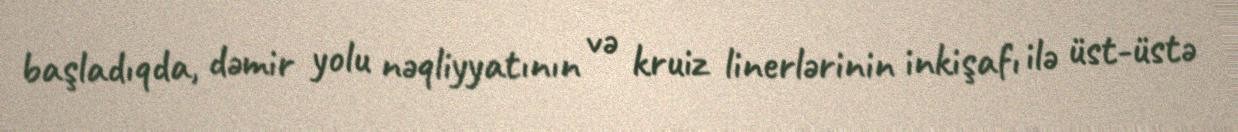
başladıqda, dəmir yolu nəqliyyatının və kruiz linerlərinin inkişafı ilə üst-üstə